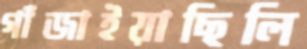
গাঁজাইয়াছিলি